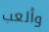
وألعب